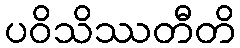
ပဝိသိဿတီတိ